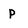
Character: P